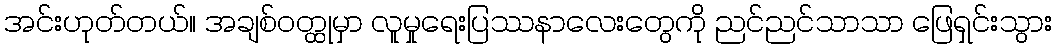
အင်းဟုတ်တယ်။ အချစ်ဝတ္ထုမှာ လူမှုရေးပြဿနာလေးတွေကို ညင်ညင်သာသာ ဖြေရှင်းသွား